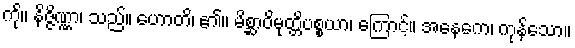
ကို။ နိဇ္ဇိဏ္ဏာ၊ သည်။ ဟောတိ၊ ၏။ မိစ္ဆာဝိမုတ္တိပစ္စယာ၊ ကြောင့်။ အနေကေ၊ ကုန်သော။